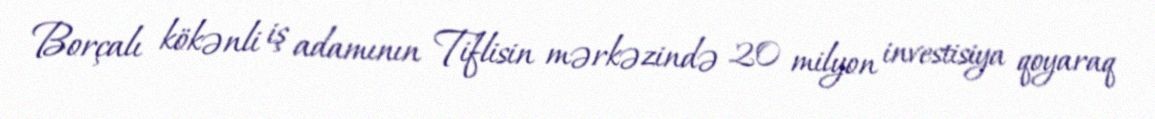
Borçalı kökənli iş adamının Tiflisin mərkəzində 20 milyon investisiya qoyaraq